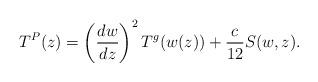
LaTeX: \begin{align*}T^{P}(z)=\left( \frac{dw}{dz}\right) ^{2}T^{g}(w(z))+\frac{c}{12}S(w,z).\end{align*}